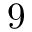
9